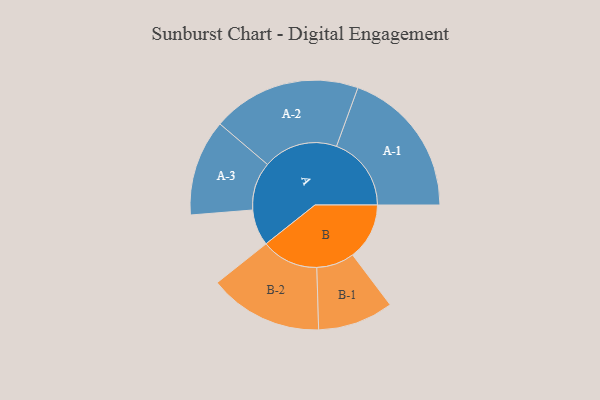
{"axis": {"x": "Segment", "y": "Value"}, "legend": ["", "A", "B"], "data": [{"x": "A", "y": 136, "type": ""}, {"x": "B", "y": 213, "type": ""}, {"x": "A-1", "y": 281, "type": "A"}, {"x": "A-2", "y": 280, "type": "A"}, {"x": "A-3", "y": 181, "type": "A"}, {"x": "B-1", "y": 142, "type": "B"}, {"x": "B-2", "y": 214, "type": "B"}]}